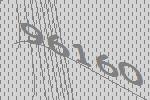
96160